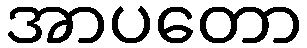
အာပတော